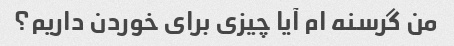
من گرسنه ام آیا چیزی برای خوردن داریم؟